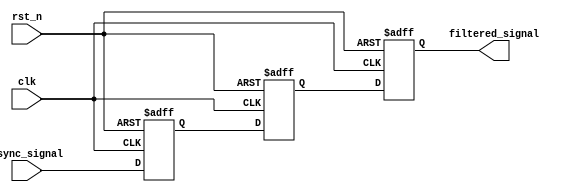
module metastability_filter (
    input wire clk,               // Clock signal for the receiving domain
    input wire rst_n,             // Asynchronous reset (active low)
    input wire async_signal,      // Incoming asynchronous signal
    output reg filtered_signal     // Output stable signal
);
    reg ff1, ff2;                 // Internal flip-flops

    // First stage flip-flop
    always @(posedge clk or negedge rst_n) begin
        if (!rst_n) begin
            ff1 <= 1'b0;          // Initialize ff1 to 0 on reset
        end else begin
            ff1 <= async_signal;  // Sample asynchronous signal
        end
    end

    // Second stage flip-flop
    always @(posedge clk or negedge rst_n) begin
        if (!rst_n) begin
            ff2 <= 1'b0;          // Initialize ff2 to 0 on reset
        end else begin
            ff2 <= ff1;           // Sample the output of the first flip-flop
        end
    end

    // Output assignment
    always @(posedge clk or negedge rst_n) begin
        if (!rst_n) begin
            filtered_signal <= 1'b0; // Initialize output to 0 on reset
        end else begin
            filtered_signal <= ff2;   // Output the stabilized signal
        end
    end

endmodule